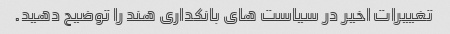
تغییرات اخیر در سیاست های بانکداری هند را توضیح دهید.